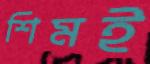
শিমই